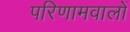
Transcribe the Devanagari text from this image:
परिणामवालों